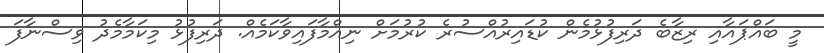
މީ ބައްޕައާއި ރިޒާބެ ދަރިފުޅުމެން ކުޑައިރުއްސުރެ ކުރުމަށް ނިއްމާފައިވާކަމެއް. ދަރިފުޅު މިކަމާމެދު ވިސްނާފަ